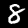
Digit: 8